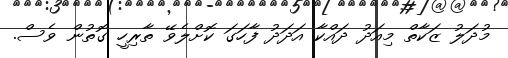
މުދަލު ޒަކާތް މިއަދު ދައްކާ އަދަދު ފާހަގަ ކޮށްލެވޭ ތާރިހީ ގޮތުން ވެސް.